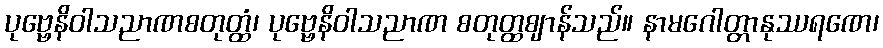
ပုဗ္ဗေနိဝါသညာဏစတုတ္ထံ၊ ပုဗ္ဗေနိဝါသညာဏ စတုတ္ထဈာန်သည်။ နာမဂေါတ္တာနုဿရဏေ၊